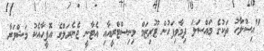
"އިސްލާހު ތަކުގެ މައްސަލަ ދިމާވިފަހުން ޓޫރިޒަމް މިނިސްޓްރީއާއި އެޓާނީ ޖެނެރަލްގެ އޮފީހާއެކު މަޝްވަރާ